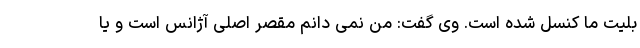
بلیت ما کنسل شده است. وی گفت: من نمی دانم مقصر اصلی آژانس است و یا